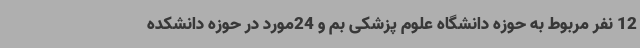
12 نفر مربوط به حوزه دانشگاه علوم پزشکی بم و 24مورد در حوزه دانشکده